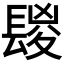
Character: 𨲔